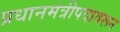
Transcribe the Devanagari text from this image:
प्रधानमंत्रीपदावरून